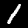
Digit: 1